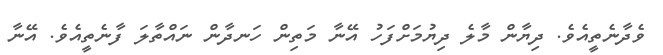
ވެދާނެތީއެވެ. ދިޔާން މާލެ ދިޔުމަަށްފަހު އޭނާ މަތިން ހަނދާން ނައްތާލަ ފާނެތީއެވެ. އޭނާ